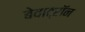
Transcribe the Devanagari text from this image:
बेवाट्रॉन